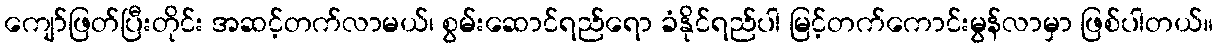
ကျော်ဖြတ်ပြီးတိုင်း အဆင့်တက်လာမယ်၊ စွမ်းဆောင်ရည်ရော ခံနိုင်ရည်ပါ မြင့်တက်ကောင်းမွန်လာမှာ ဖြစ်ပါတယ်။